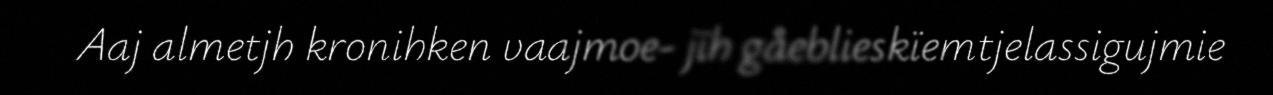
Aaj almetjh kronihken vaajmoe- jïh gåeblieskïemtjelassigujmie